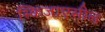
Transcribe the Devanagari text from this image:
स्किजाएसील